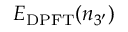
E _ { \mathrm { D P F T } } ( n _ { 3 ^ { \prime } } )